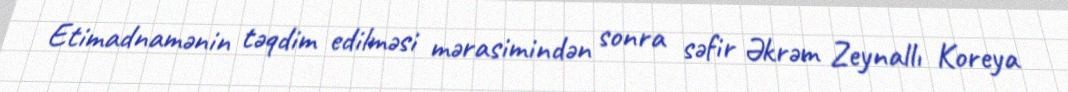
Etimadnamənin təqdim edilməsi mərasimindən sonra səfir Əkrəm Zeynallı Koreya